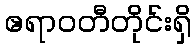
ဧရာဝတီတိုင်းရှိ